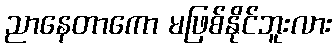
ညာနေတာကော မဖြစ်နိုင်ဘူးလား